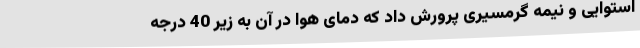
استوایی و نیمه گرمسیری پرورش داد که دمای هوا در آن به زیر 40 درجه